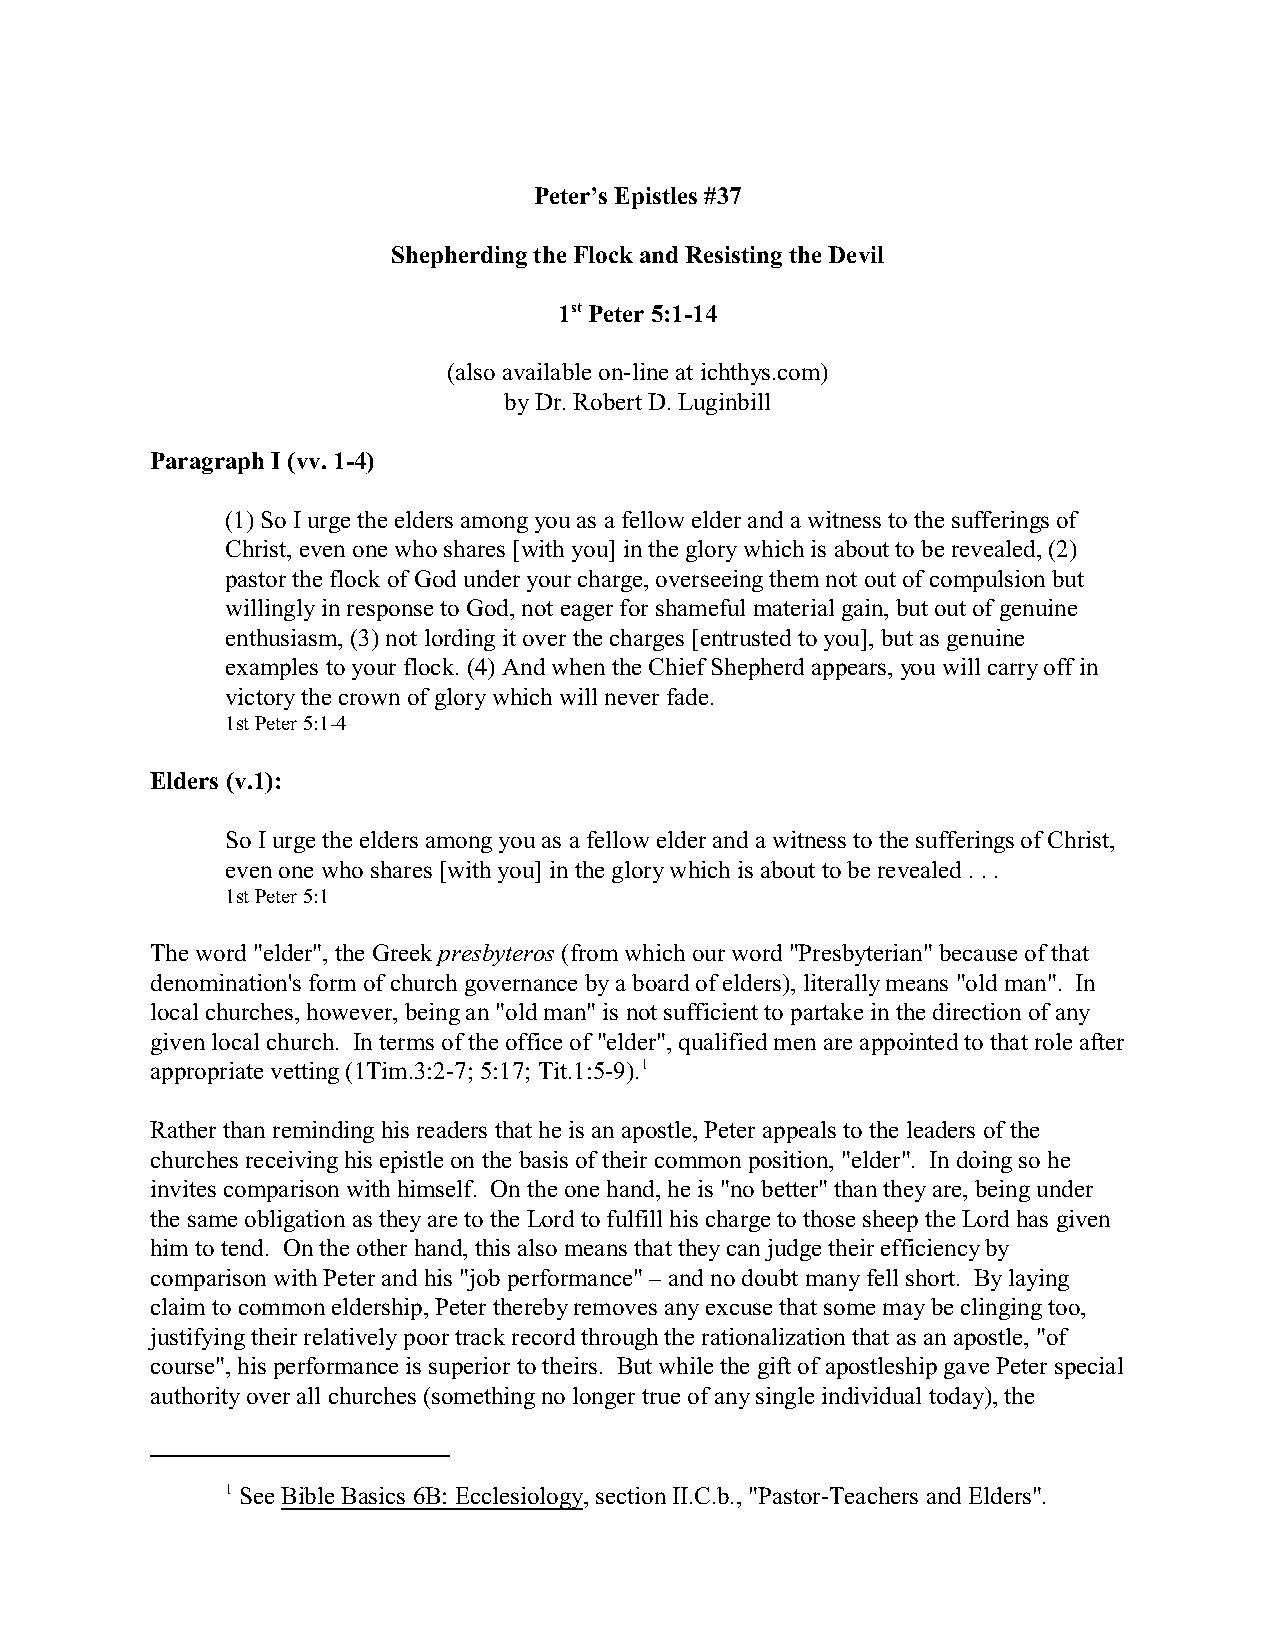
Peter’s Epistles #37
 Shepherding the Flock and Resisting the Devil
 1st Peter 5:1-14
 (also available on-line at ichthys.com)
 by Dr. Robert D. Luginbill
 Paragraph I (vv. 1-4)
 (1) So I urge the elders among you as a fellow elder and a witness to the sufferings of
 Christ, even one who shares [with you] in the glory which is about to be revealed, (2)
 pastor the flock of God under your charge, overseeing them not out of compulsion but
 willingly in response to God, not eager for shameful material gain, but out of genuine
 enthusiasm, (3) not lording it over the charges [entrusted to you], but as genuine
 examples to your flock. (4) And when the Chief Shepherd appears, you will carry off in
 victory the crown of glory which will never fade.
 1st Peter 5:1-4
 Elders (v.1):
 So I urge the elders among you as a fellow elder and a witness to the sufferings of Christ,
 even one who shares [with you] in the glory which is about to be revealed . . .
 1st Peter 5:1
 The word "elder", the Greek presbyteros (from which our word "Presbyterian" because of that
 denomination's form of church governance by a board of elders), literally means "old man". In
 local churches, however, being an "old man" is not sufficient to partake in the direction of any
 given local church. In terms of the office of "elder", qualified men are appointed to that role after
 appropriate vetting (1Tim.3:2-7; 5:17; Tit.1:5-9).1
 Rather than reminding his readers that he is an apostle, Peter appeals to the leaders of the
 churches receiving his epistle on the basis of their common position, "elder". In doing so he
 invites comparison with himself. On the one hand, he is "no better" than they are, being under
 the same obligation as they are to the Lord to fulfill his charge to those sheep the Lord has given
 him to tend. On the other hand, this also means that they can judge their efficiency by
 comparison with Peter and his "job performance" – and no doubt many fell short. By laying
 claim to common eldership, Peter thereby removes any excuse that some may be clinging too,
 justifying their relatively poor track record through the rationalization that as an apostle, "of
 course", his performance is superior to theirs. But while the gift of apostleship gave Peter special
 authority over all churches (something no longer true of any single individual today), the
 1 See Bible Basics 6B: Ecclesiology, section II.C.b., "Pastor-Teachers and Elders".